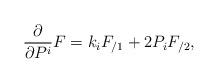
LaTeX: \begin{align*}\frac \partial {\partial P^i}F=k_iF_{/1}+2P_iF_{/2}, \end{align*}